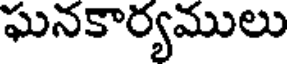
ఘనకార్యములు